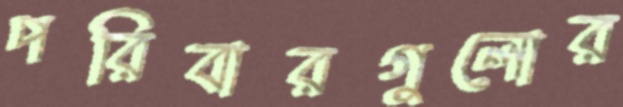
পরিবারগুলোর